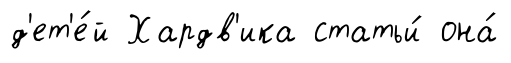
д'ет'е́й Хардв'ика статьи́ она́